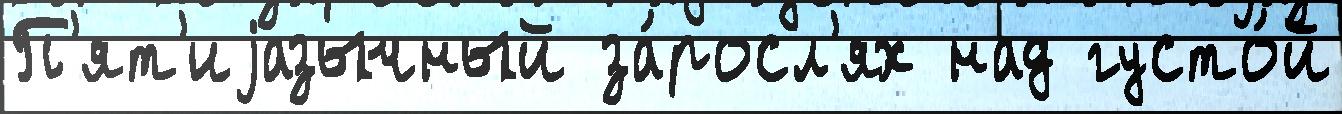
П'ят'иjазычный за́росл'ях над густо́й